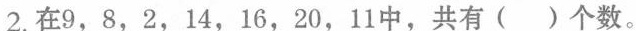
2.在9，8，2，14，16，20，11中，共有()个数。